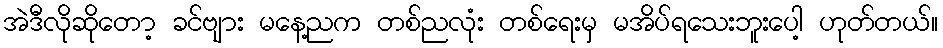
အဲဒီလိုဆိုတော့ ခင်ဗျား မနေ့ညက တစ်ညလုံး တစ်ရေးမှ မအိပ်ရသေးဘူးပေါ့ ဟုတ်တယ်။